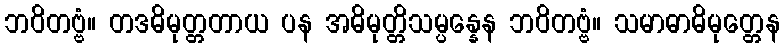
ဘဝိတဗ္ဗံ။ တဒဓိမုတ္တတာယ ပန အဓိမုတ္တိသမ္ပန္နေန ဘဝိတဗ္ဗံ။ သမာဓာဓိမုတ္တေန